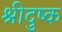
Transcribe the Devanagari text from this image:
श्रीदुष्क